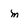
Character: m